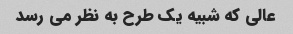
عالی که شبیه یک طرح به نظر می رسد